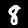
Label: 8